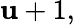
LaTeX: \mathbf{u}+1,